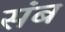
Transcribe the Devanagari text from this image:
संब